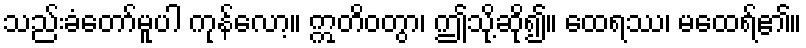
သည်းခံတော်မူပါ ကုန်လော့။ ဣတိဝတွာ၊ ဤသို့ဆို၍။ ထေရဿ၊ မထေရ်၏။